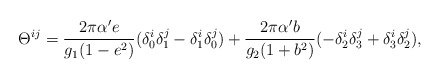
\begin{align*}\Theta ^{ij}=\frac{2\pi\alpha' e}{g_1(1-e^2)}(\delta_0^i\delta_1^j-\delta^i_1 \delta_0^j)+\frac{2\pi\alpha'b}{g_2(1+b^2)}(-\delta_2^i\delta^j_3+\delta^i_3\delta^j_2),\end{align*}